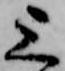
上